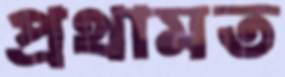
প্রথামত